Vaccination in the Punjab 1883-1896 - 1883-1896
Year: 1883
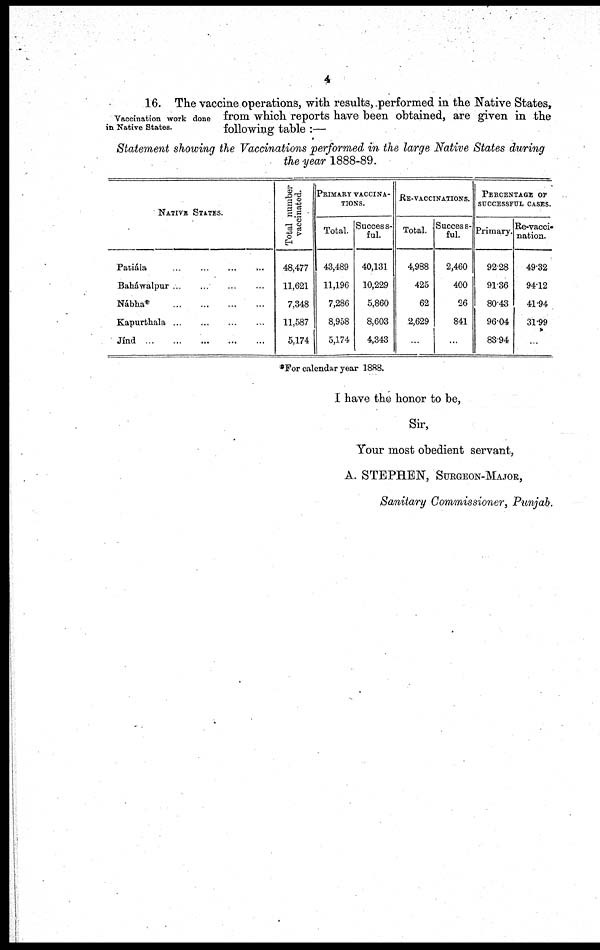
4
Vaccination work done
in Native States.
16. The vaccine operations, with results, performed in the Native States,
from which reports have been obtained, are given in the
following table :—
Statement showing the Vaccinations performed in the large Native States during
the year 1888-89.
NATIVE STATES.
Patiála
...
...
...
...
Baháwalpur
...
...
...
...
Nábha*
...
...
...
...
Kapurthala
...
...
...
...
Jínd ... ... ... ...
Total number
vaccinated.
48,477
11,621
7,348
11,587
5,174
PRIMARY VACCINA-
-----.
Total.
43,489
11,196
7,286
8,958
5,174
Success-
ful.
40,131
10,229
5,860
8,603
4,343
RE-VACCINATIONS.
Total.
4,988
425
62
2,629
...
Success-
ful.
2,460
400
26
841
...
PERCENTAGE OF
SUCCESSFUL CASES.
Primary.
92.8
91.36
80.43
96.04
83.94
Re-vacci-
nation.
49.32
94.12
41.94
31.99
...
*For calendar year 1888.
I have the honor to be,
Sir,
Your most obedient servant,
A. STEPHEN, SURGEON-MAJOR,
Sanitary Commissioner, Punjab.